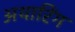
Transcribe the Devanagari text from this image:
अथारिंग